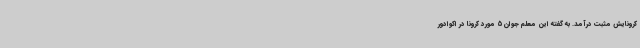
کرونایش مثبت درآمد. به گفته این معلم جوان 5 مورد کرونا در اکوادور